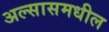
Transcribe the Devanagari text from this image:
अल्सासमधील